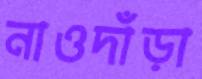
নাওদাঁড়া